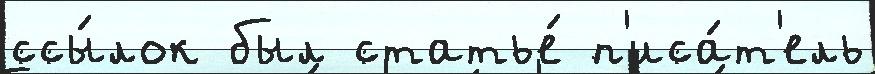
ссы́лок был статье́ п'иса́т'ель